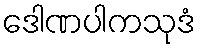
ဒေါဏပါကသုဒံ